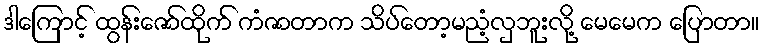
ဒါကြောင့် ထွန်းဇော်ထိုက် ကံဇာတာက သိပ်တော့မညံ့လှဘူးလို့ မေမေက ပြောတာ။